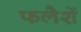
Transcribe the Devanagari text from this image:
फलैशें